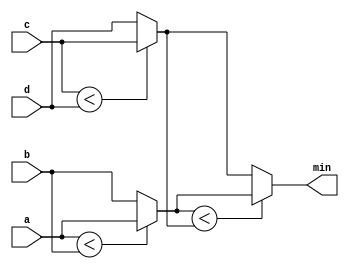
module conditional(

    input [7:0] a, b, c, d,
    output [7:0] min

);

    wire [7:0] min1;
    wire [7:0] min2;


 // assign intermediate_result1 = compare? true: false;
    assign min1 = (a < b) ? a : b;
    assign min2 = (c < d) ? c : d;
    
    assign min = (min1 < min2) ? min1 : min2;





endmodule

module tb;

    reg [7:0] a, b, c, d;
    wire [7:0] min;

    integer i;


    conditional u0(.a(a), .b(b), .c(c), .d(d), .min(min));

    initial begin

        $display("a\tb\tc\td\tmin");
        $monitor("%d\t%d\t%d\t%d\t%d", a, b, c, d, min);
        
    end

    initial begin

        a = 0; b = 0; c = 0; d = 0; 

        for (i = 0; i<16; i = i+1) begin
            #10
            a = $random; b = $random;  c = $random;  d = $random; 

        end
    end

endmodule